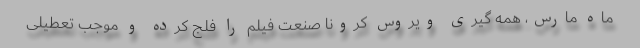
ماه مارس، همه گیری ویروس کرونا صنعت فیلم را فلج کرده و موجب تعطیلی